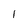
Character: l